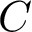
C